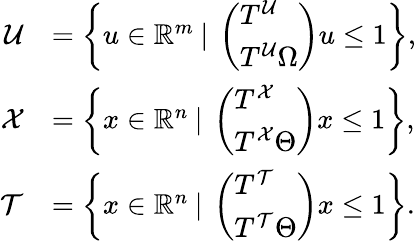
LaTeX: \begin{array}{rl}{\mathcal{U}}&{=\left\{ u\in\mathbb{R}^{m}\: \vert\: \left(\begin{array}{l}{T^{\mathcal{U}}}\\ {T^{\mathcal{U}}\Omega}\end{array}\right)u\leq 1\right\} ,}\\ {\mathcal{X}}&{=\left\{ x\in\mathbb{R}^{n}\: \vert\: \left(\begin{array}{l}{T^{\mathcal{X}}}\\ {T^{\mathcal{X}}\Theta}\end{array}\right)x\leq 1\right\} ,}\\ {\mathcal{T}}&{=\left\{ x\in\mathbb{R}^{n}\: \vert\: \left(\begin{array}{l}{T^{\mathcal{T}}}\\ {T^{\mathcal{T}}\Theta}\end{array}\right)x\leq 1\right\} .}\end{array}